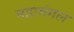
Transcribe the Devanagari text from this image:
महामंगल